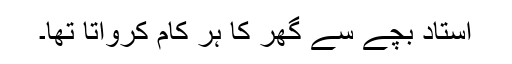
استاد بچے سے گھر کا ہر کام کرواتا تھا۔